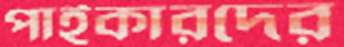
পাইকারদের